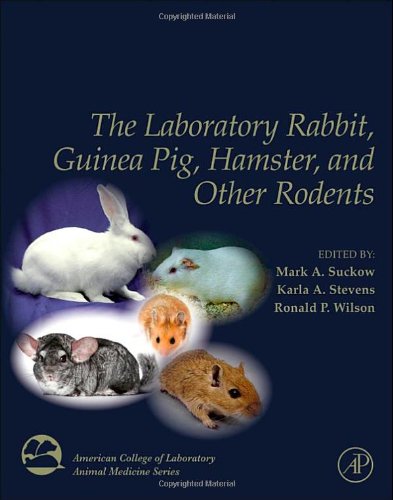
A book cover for The Laboratory Rabbit, Guinea Pig, Hamster, and Other Rodents (American College of Laboratory Animal Medicine); Medical Books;